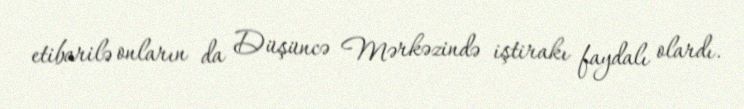
etibarilə onların da Düşüncə Mərkəzində iştirakı faydalı olardı.